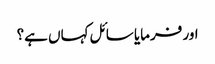
اور فرمایا سائل کہاں ہے؟